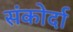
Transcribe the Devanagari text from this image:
संकोर्दा